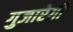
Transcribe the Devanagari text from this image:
गुजारेगी